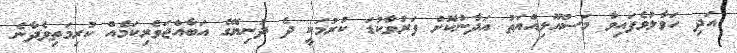
އަދި ހަވާލުވެފައިވާ މަސްއޫލިއްޔަތު އަދާނުކޮށް ފަރުވާކުޑަ ކުރުމަކީ ދެ ދުނިޔޭގެ އަބާއްޖަވެރިކަމެއް ކުރިމަތިވެދާނެ